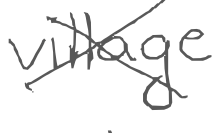
Text: village
Cross-out: cross
Writing tool: digital_gray